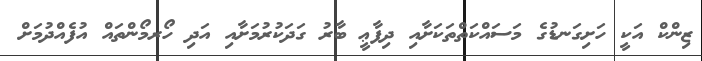
ޒިންކް އަކީ ހަށިގަނޑުގެ މަސައްކަތްތަކަށާއި ދިފާޢީ ބާރު ގަދަކުރުމަށާއި އަދި ހޯރމޯންތައް އުފެއްދުމަށް